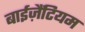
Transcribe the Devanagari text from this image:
बाईज़ैंटियम